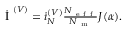
\begin{array} { r } { \dot { \mathrm { ~ I ~ } } ^ { ( V ) } = \dot { \i } _ { N } ^ { ( V ) } \frac { N _ { \mathrm { ~ e ~ f ~ f ~ } } } { N _ { \mathrm { ~ m ~ } } } J ( \alpha ) . } \end{array}